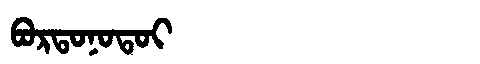
Manchu: ᠪᠣᡵᡨᠣᠨᠣᡨᠣᡳ
Romanization: BORTONOTOI